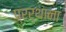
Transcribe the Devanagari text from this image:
प्रर्थाना